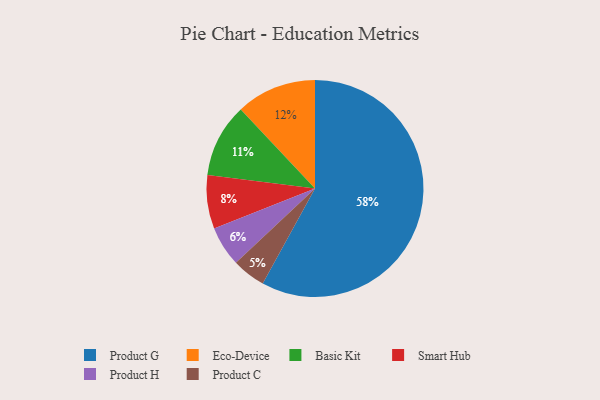
{"axis": {"x": "Category", "y": "Percentage"}, "legend": ["Basic Kit", "Eco-Device", "Product C", "Product G", "Product H", "Smart Hub"], "data": [{"x": "Product H", "y": 6, "type": "Product H"}, {"x": "Smart Hub", "y": 8, "type": "Smart Hub"}, {"x": "Basic Kit", "y": 11, "type": "Basic Kit"}, {"x": "Eco-Device", "y": 12, "type": "Eco-Device"}, {"x": "Product G", "y": 58, "type": "Product G"}, {"x": "Product C", "y": 5, "type": "Product C"}]}